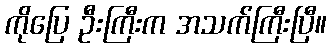
ကိုပြေ ဦးကြီးက အသက်ကြီးပြီ။